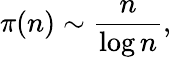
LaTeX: \pi(n)\sim{\frac{n}{\log n}},